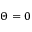
\Theta = 0